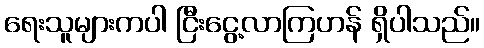
ရေးသူများကပါ ငြီးငွေ့လာကြဟန် ရှိပါသည်။